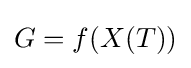
G=f(X(T))